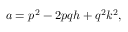
a = p ^ { 2 } - 2 p q h + q ^ { 2 } k ^ { 2 } ,